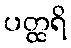
ပတ္ထရိ